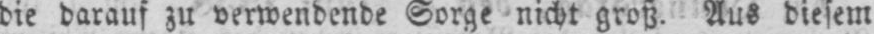
die darauf zu verwendende Sorge nicht groß. Aus diesem